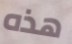
هذه